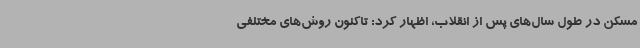
مسکن در طول سال‌های پس از انقلاب، اظهار کرد: تاکنون روش‌های مختلفی